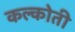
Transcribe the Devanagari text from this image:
कल्कोती